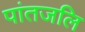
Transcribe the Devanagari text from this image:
पांतजलि